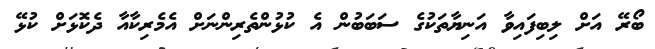
ބޯރޭ އަށް ލިބިފައިވާ އަނިޔާތަކުގެ ސަބަބުން އެ ކުޅުންތެރިންނަށް އެމެރިކާއާ ދެކޮޅަށް ކުޅޭ